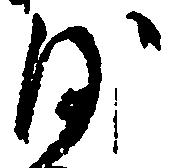
沙